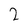
Character: 2